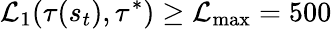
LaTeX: \mathcal{L}_{1}(\tau(s_{t}),\tau^{*})\geq\mathcal L_{\operatorname*{max}}=500